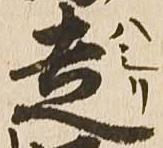
走